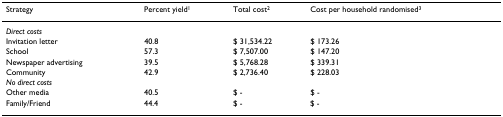
| Strategy | Percent yield1 | Total cost2 | Cost per household randomised3 |
 | --- | --- | --- | --- |
 | Direct costs |  |  |  |
 | Invitation letter | 40.8 | $ 31,534.22 | $ 173.26 |
 | School | 57.3 | $ 7,507.00 | $ 147.20 |
 | Newspaper advertising | 39.5 | $ 5,768.28 | $ 339.31 |
 | Community | 42.9 | $ 2,736.40 | $ 228.03 |
 | No direct costs |  |  |  |
 | Other media | 40.5 | $ - | $ - |
 | Family/Friend | 44.4 | $ - | $ - |